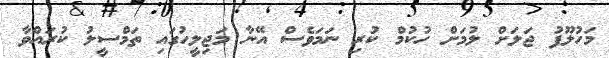
މަހުލޫފު ޖަލަށް ލުމަށް ހުކުމް ކުރި ނަމަވެސް އޭނާ މަޖިލީހުގައި ތަމްސީލު ކުރައްވާ